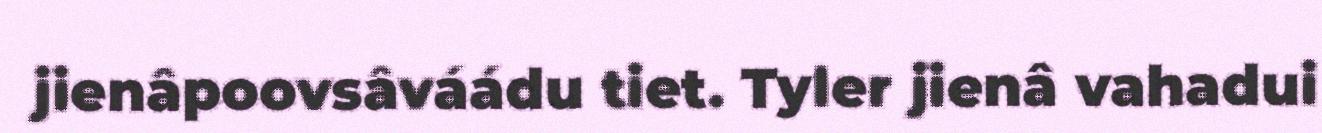
jienâpoovsâváádu tiet. Tyler jienâ vahadui